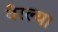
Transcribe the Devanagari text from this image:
वेरल्या